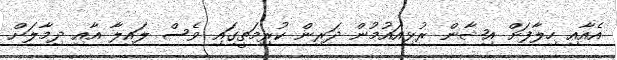
އެއާއި ހިލާފަށް އިޝާން ރުޅިއައުމުން ދަރިން ކުރިމަތީގައި ވެސް ލައިލާ އާއި ދިމާލަށް